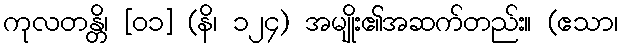
ကုလတန္တိ၊ [၀၁] (နိ၊ ၁၂၄) အမျိုး၏အဆက်တည်း။ (ဧသာ၊